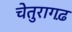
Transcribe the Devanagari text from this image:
चेतुरागढ़